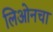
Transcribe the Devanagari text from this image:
लिओनचा